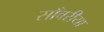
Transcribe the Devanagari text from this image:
साँवरीया